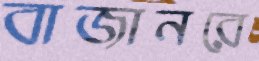
বাজানরে